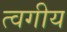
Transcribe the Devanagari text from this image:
त्वगीय